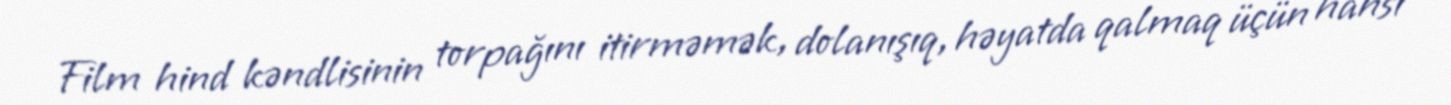
Film hind kəndlisinin torpağını itirməmək, dolanışıq, həyatda qalmaq üçün hansı